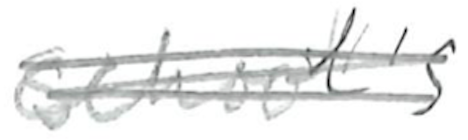
Text: school's
Cross-out: scratch
Writing tool: pencil